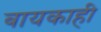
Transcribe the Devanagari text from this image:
बायकाही